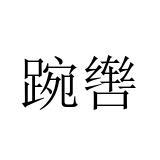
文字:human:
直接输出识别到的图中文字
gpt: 踠辔